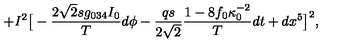
+ I ^ { 2 } \big [ - { \frac { 2 \sqrt 2 s g _ { 0 3 4 } I _ { 0 } } { T } } d \phi - { \frac { q s } { 2 \sqrt 2 } } { \frac { 1 - 8 f _ { 0 } \kappa _ { 0 } ^ { - 2 } } { T } } d t + d x ^ { 5 } \big ] ^ { 2 } ,